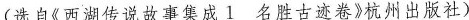
(选自《西湖传说故事集成Ⅰ 名胜古迹卷》杭州出版社)